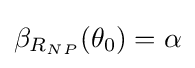
\beta _{R_{NP}}(\theta _{0})=\alpha